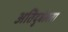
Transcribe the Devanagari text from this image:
अतिदुर्बलता